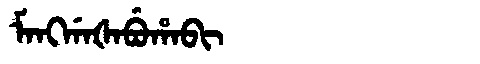
Manchu: ᠮᠠᠩᡤᠠᡧᠠᠪᡠᡥᠠᠪᡳ
Romanization: MANGGAŠABUHABI